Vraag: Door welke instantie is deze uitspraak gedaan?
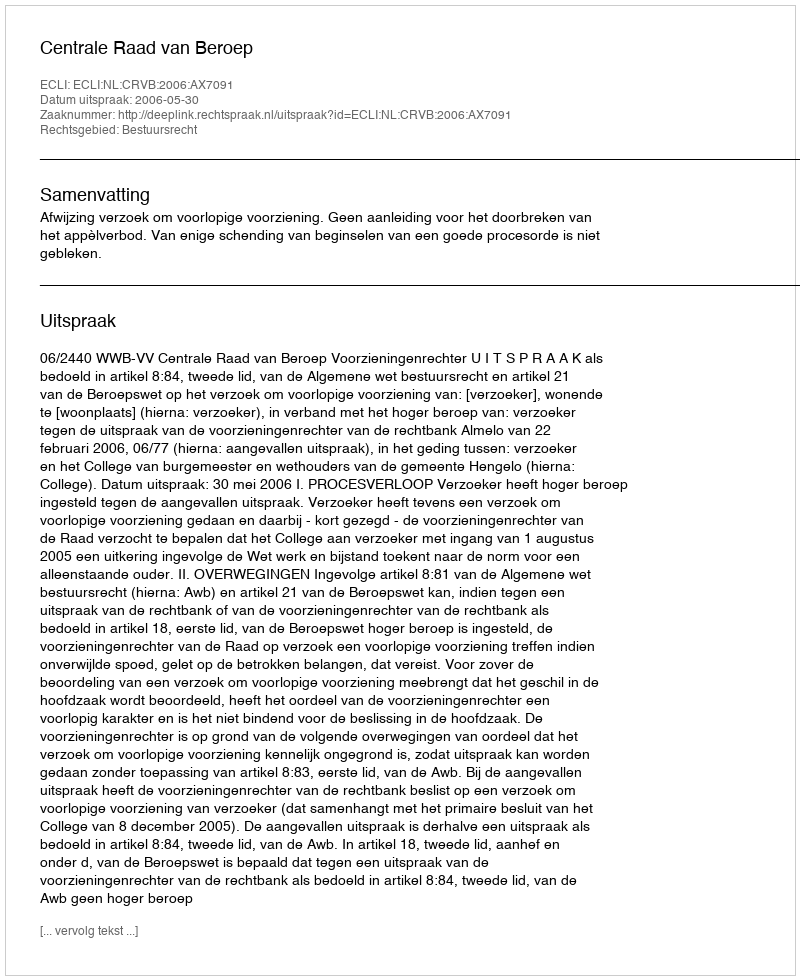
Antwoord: Centrale Raad van Beroep